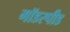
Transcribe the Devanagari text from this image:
गॉडस्पीड